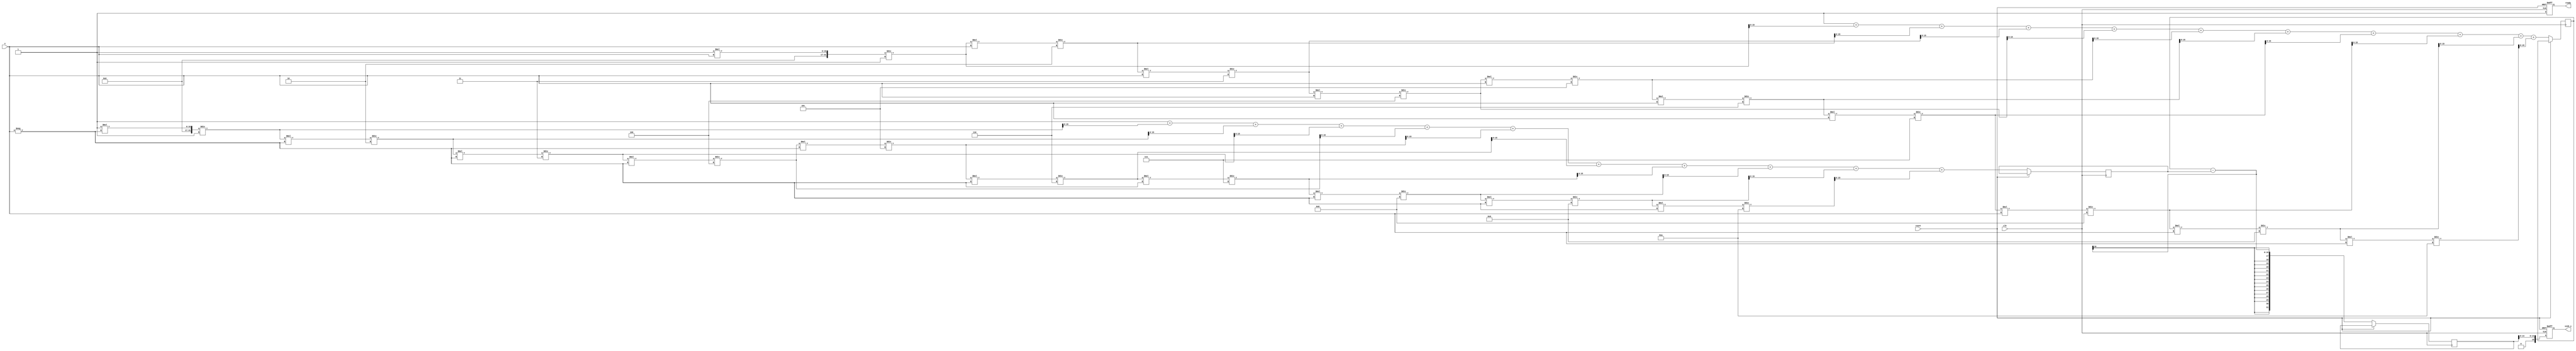
module sinh_arithmetic_block (
    input wire clk,
    input wire reset,
    input wire [15:0] x,          // 16-bit fixed-point input
    output reg [15:0] sinh_x,     // 16-bit fixed-point output
    output reg ready              // Indicates when the output is ready
);
    // Internal variables
    reg [15:0] exp_x, exp_neg_x; // Approximate e^x and e^-x values
    reg [31:0] diff;             // To store e^x - e^-x before division

    // Simple exponential approximations (e^x) and (e^-x) using Taylor series
    function [15:0] exp_approx;
        input [15:0] val;
        reg [31:0] term;          // Term for the series sum
        reg [31:0] result;        // Final result from Taylor series
        reg [31:0] i;             // Counter for factorial
        begin
            result = 0;
            term = 1; // e^0 = 1
            result = result + term; // Start with first term

            for (i = 1; i <= 10; i = i + 1) begin // Limit series to 10 terms
                term = (term * val) / i; // Calculate the next term
                result = result + term;   // Add the term to the result
            end
            exp_approx = result[15:0]; // return the approximated value
        end
    endfunction

    // Sequential process to calculate sinh
    always @(posedge clk or posedge reset) begin
        if (reset) begin
            sinh_x <= 0;
            ready <= 0;
        end else begin
            // Compute e^x and e^-x
            exp_x <= exp_approx(x);
            exp_neg_x <= exp_approx(-x);

            // Compute e^x - e^-x
            diff <= exp_x - exp_neg_x;

            // Divide by 2 to get sinh(x)
            sinh_x <= diff[14:0]; // right shift to divide by 2 (assumed to be for fixed-point)
            ready <= 1; // Output is ready
        end
    end
endmodule